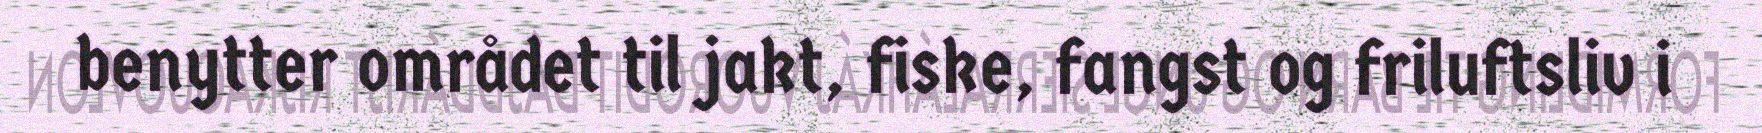
benytter området til jakt, fiske, fangst og friluftsliv i